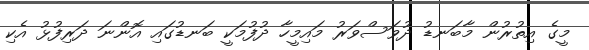
މީގެ އިތުރުން މާބަނޑު ދުވަސްވަރު މައިމީހާ ދުފުމަކީ ބަނޑުގައި އޮންނަ ދަރިފުޅު އެކި